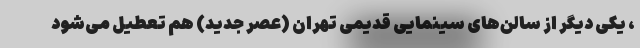
، یکی دیگر از سالن‌های سینمایی قدیمی تهران (عصر جدید) هم تعطیل می‌شود